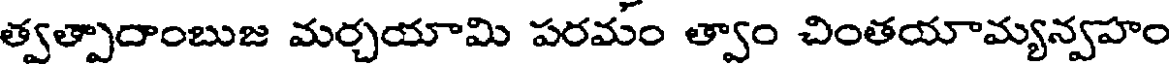
త్వత్పాదాంబుజ మర్చయామి పరమం త్వాం చింతయామ్యన్వహం